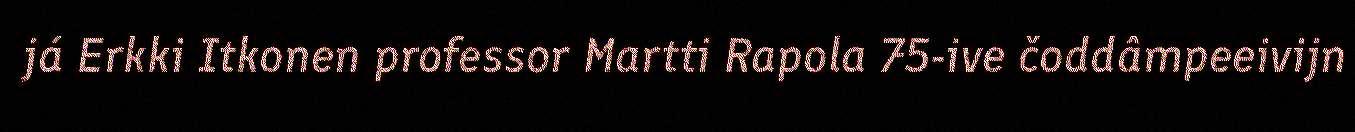
já Erkki Itkonen professor Martti Rapola 75-ive čoddâmpeeivijn